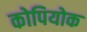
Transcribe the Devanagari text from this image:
कोपियोक